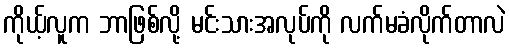
ကိုယ့်လူက ဘာဖြစ်လို့ မင်းသားအလုပ်ကို လက်မခံလိုက်တာလဲ